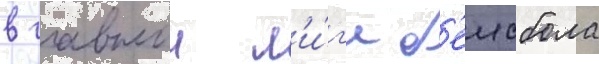
в главнои л'и́г'е б'еисбола